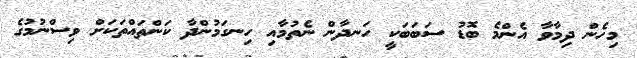
މިހެން ދިމާވާ އެންމެ ބޮޑު ސަބަބަކީ ހަނދާން ނެތުމާއި ހިނގަމުންދާ ކަންތައްތަކަށް ވިސްނުމުގެ